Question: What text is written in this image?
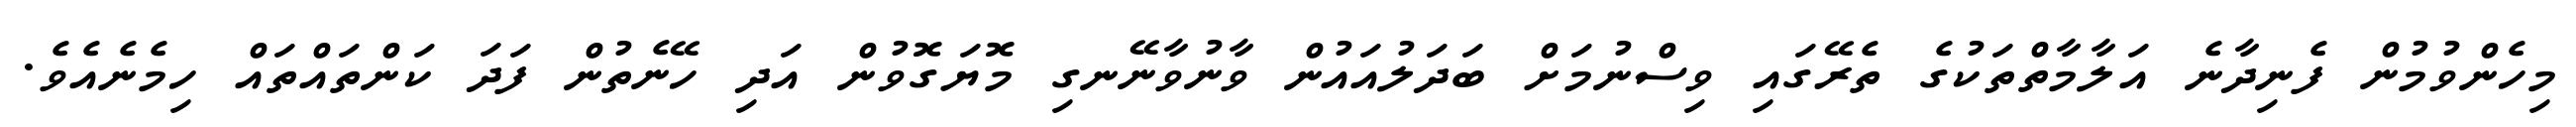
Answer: މިހެންވުމުން ފެނިދާނެ އަލާމާތްތަކުގެ ތެރޭގައި ވިސްނުމަށް ބަދަލުއައުން ވާނުވާނޭނގި މޮޔަގޮވުން އަދި ހޭނެތުން ފަދަ ކަންތައްތައް ހިމެނެއެވެ.